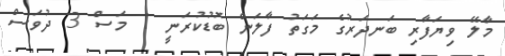
މާލޭ ވިޔަފާރި ބަނދަރުގެ މަގަތު ފާލަން ބޮޑުކުރަނީ 1 މަސް 3 ދުވަސް